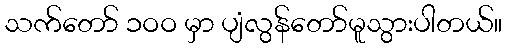
သက်တော် ၁ဝဝ မှာ ပျံလွန်တော်မူသွားပါတယ်။